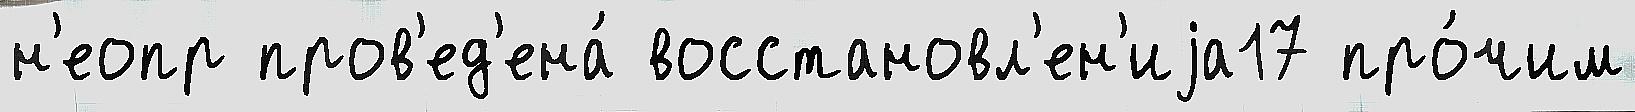
н'еопр пров'ед'ена́ восстановл'ен'иjа17 про́чим